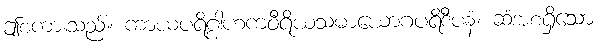
ဤစကားသည်။ ကာယပရိဂ္ဂါဟကဝီရိယသမာယောဂပရိဒီပနံ၊ ဆံအစရှိသော